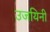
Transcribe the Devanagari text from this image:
उजयिनी